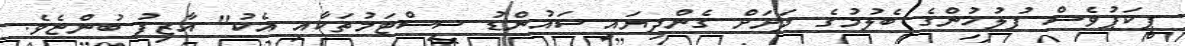
ޕިކަޕުވެސް ފުލުހުންގެ ބެލުމުގެ ދަށަށް ގެންދިޔައީ ސައުންޑު ސިސްޓަމުތަކާއި އެކު" އާޒިފު ބުންޏެވެ.